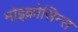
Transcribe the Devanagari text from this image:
मोइक्रोसिन्स